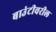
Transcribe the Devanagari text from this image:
बाउंटीवरील